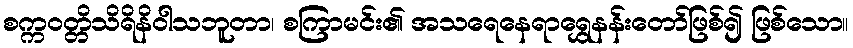
စက္ကဝတ္တိသိရိနိဝါသဘူတာ၊ စကြာမင်း၏ အသရေနေရာရွှေနန်းတော်ဖြစ်၍ ဖြစ်သော။